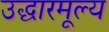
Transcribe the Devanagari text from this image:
उद्धारमूल्य